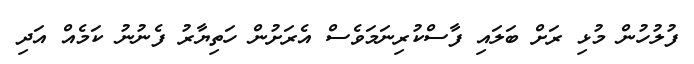
ފުލުހުން މުޅި ރަށް ބަލައި ފާސްކުރިނަމަވެސް އެރަށުން ހަތިޔާރު ފެނުނު ކަމެއް އަދި